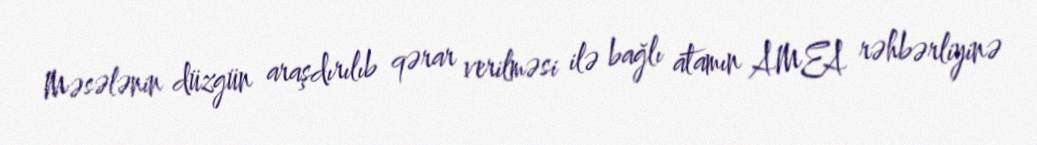
Məsələnin düzgün araşdırılıb qərar verilməsi ilə bağlı atamın AMEA rəhbərliyinə